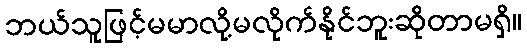
ဘယ်သူဖြင့်မမာလို့မလိုက်နိုင်ဘူးဆိုတာမရှိ။